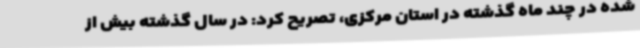
شده در چند ماه گذشته در استان مرکزی، تصریح کرد: در سال گذشته بیش از